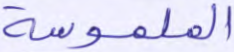
الملموسة